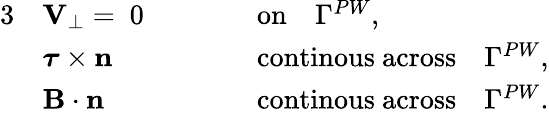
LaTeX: \begin{array}{rlrl}{{3}}&{{\mathbf V}_{\perp}=~0\qquad}&&{\mathrm{on}\quad\Gamma^{PW},}\\ &{\boldsymbol{\tau}\times\mathbf{n}\qquad}&&{\mathrm{continous~across}\quad\Gamma^{PW},}\\ &{{\mathbf B}\cdot\mathbf{n}\qquad}&&{\mathrm{continous~across}\quad\Gamma^{PW}.}\end{array}